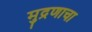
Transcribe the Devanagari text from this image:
मुद्रणाचा